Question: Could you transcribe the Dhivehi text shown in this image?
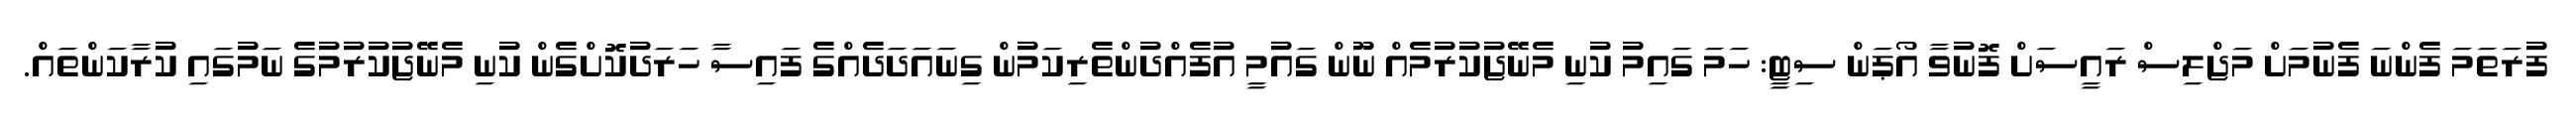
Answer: ފުރަތަމަ ފެންނަ ފެނުމަށް މަޖްލިސް ރައީސަށް ފޮނުވާ އޯޕަން ސިޓީ: ހަމަ ގައިމު ކުނި މެނޭޖުކުރުމެއް ނޫން ގައުމީ އުފެއްދުންތެރިކަމުން ގިނައަދަދެއްގެ ފައިސާ ހަރަދުކޮށްގެން ކުނި މެނޭޖުކުރުމުގެ ނަމުގައި ކުރާކަންތައް.